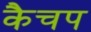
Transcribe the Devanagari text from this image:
कैचप